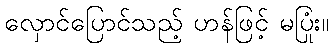
လှောင်ပြောင်သည့် ဟန်ဖြင့် မပြုံး။